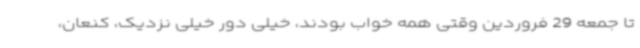
تا جمعه 29 فروردین وقتی همه خواب بودند، خیلی دور خیلی نزدیک، کنعان،